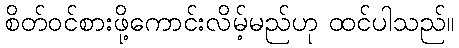
စိတ်ဝင်စားဖို့ကောင်းလိမ့်မည်ဟု ထင်ပါသည်။